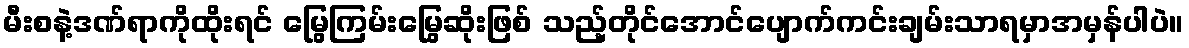
မီးစနဲ့ဒဏ်ရာကိုထိုးရင် မြွေကြမ်းမြွေဆိုးဖြစ် သည့်တိုင်အောင်ပျောက်ကင်းချမ်းသာရမှာအမှန်ပါပဲ။